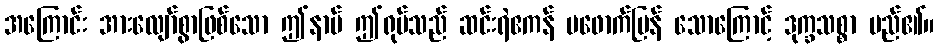
အကြောင်း အားလျော်စွာဖြစ်သော ဤနာမ် ဤရုပ်သည် ဆင်းရဲဧကန် မဖောက်ပြန် သောကြောင့် ဒုက္ခသစ္စာ မည်၏။